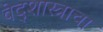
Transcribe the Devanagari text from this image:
वेद्शास्त्राचा